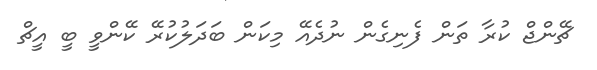
ޗޭންޖް ކުރާ ތަން ފެނިގެން ނުދެއޭ މިކަން ބަދަލުކުރޭ ކޭންވީ ބީ އީޗް